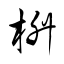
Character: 枡